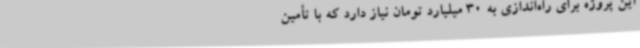
این پروژه برای راه‌اندازی به 30 میلیارد تومان نیاز دارد که با تأمین